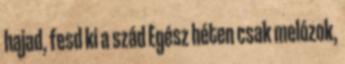
hajad, fesd ki a szád Egész héten csak melózok,